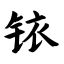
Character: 铱